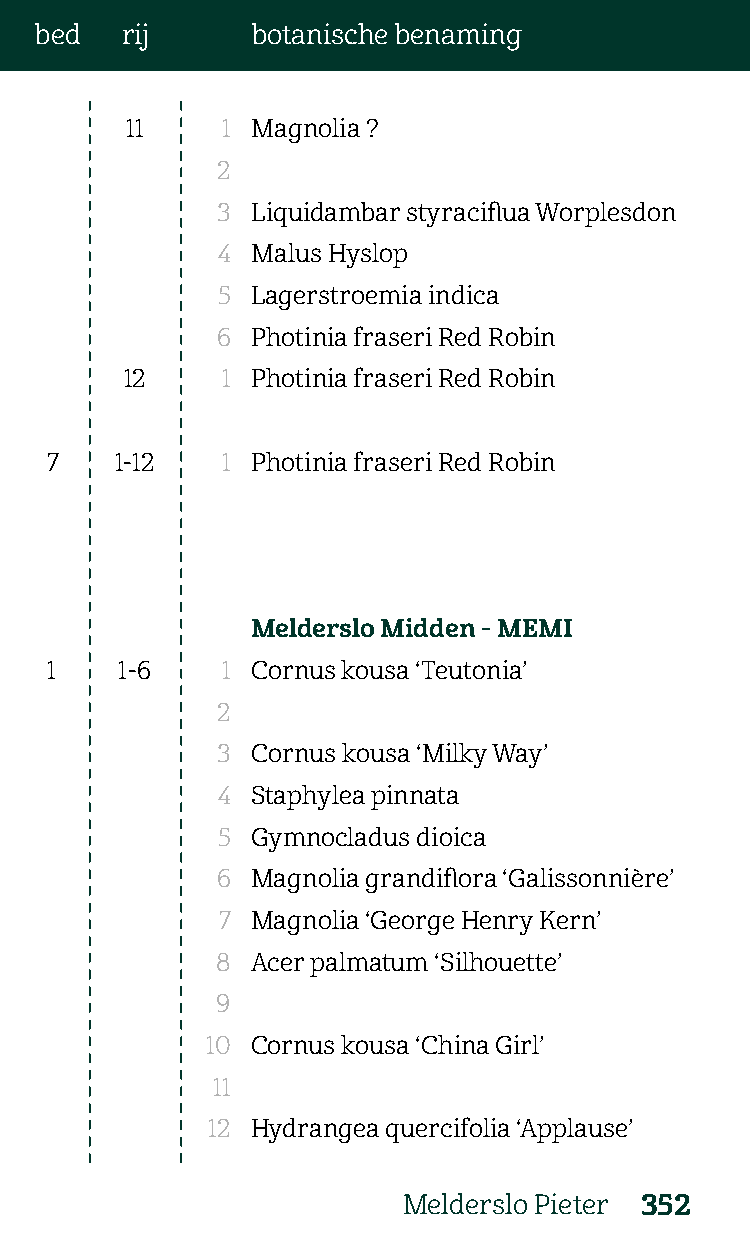
bed   rij      botanische benaming
 11     1 Magnolia ?
 2
 3  Liquidambar styraciflua Worplesdon
 4  Malus Hyslop
 5  Lagerstroemia indica
 6  Photinia fraseri Red Robin
 12     1 Photinia fraseri Red Robin
 7    1-12   1 Photinia fraseri Red Robin
 Melderslo Midden - MEMI
 1    1-6    1 Cornus kousa ‘Teutonia’
 2
 3  Cornus kousa ‘Milky Way’
 4  Staphylea pinnata
 5  Gymnocladus dioica
 6  Magnolia grandiflora ‘Galissonnière’
 7  Magnolia ‘George Henry Kern’
 8  Acer palmatum ‘Silhouette’
 9
 10 Cornus kousa ‘China Girl’
 11
 12 Hydrangea quercifolia ‘Applause’
 Melderslo Pieter 352